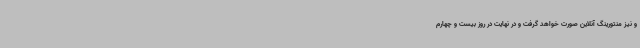
و نیز منتورینگ آنلاین صورت خواهد گرفت و در نهایت در روز بیست و چهارم